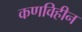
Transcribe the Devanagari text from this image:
कणविहीन